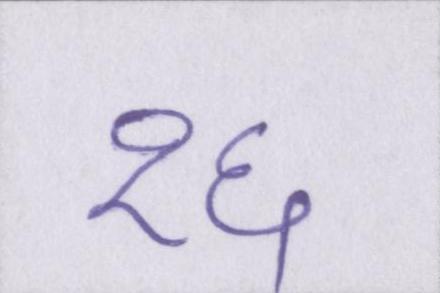
१६